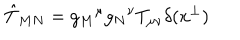
LaTeX: \hat { T } _ { M N } = g _ { M } { } ^ { \mu } g _ { N } { } ^ { \nu } T _ { \mu \nu } \delta ( x ^ { \perp } )